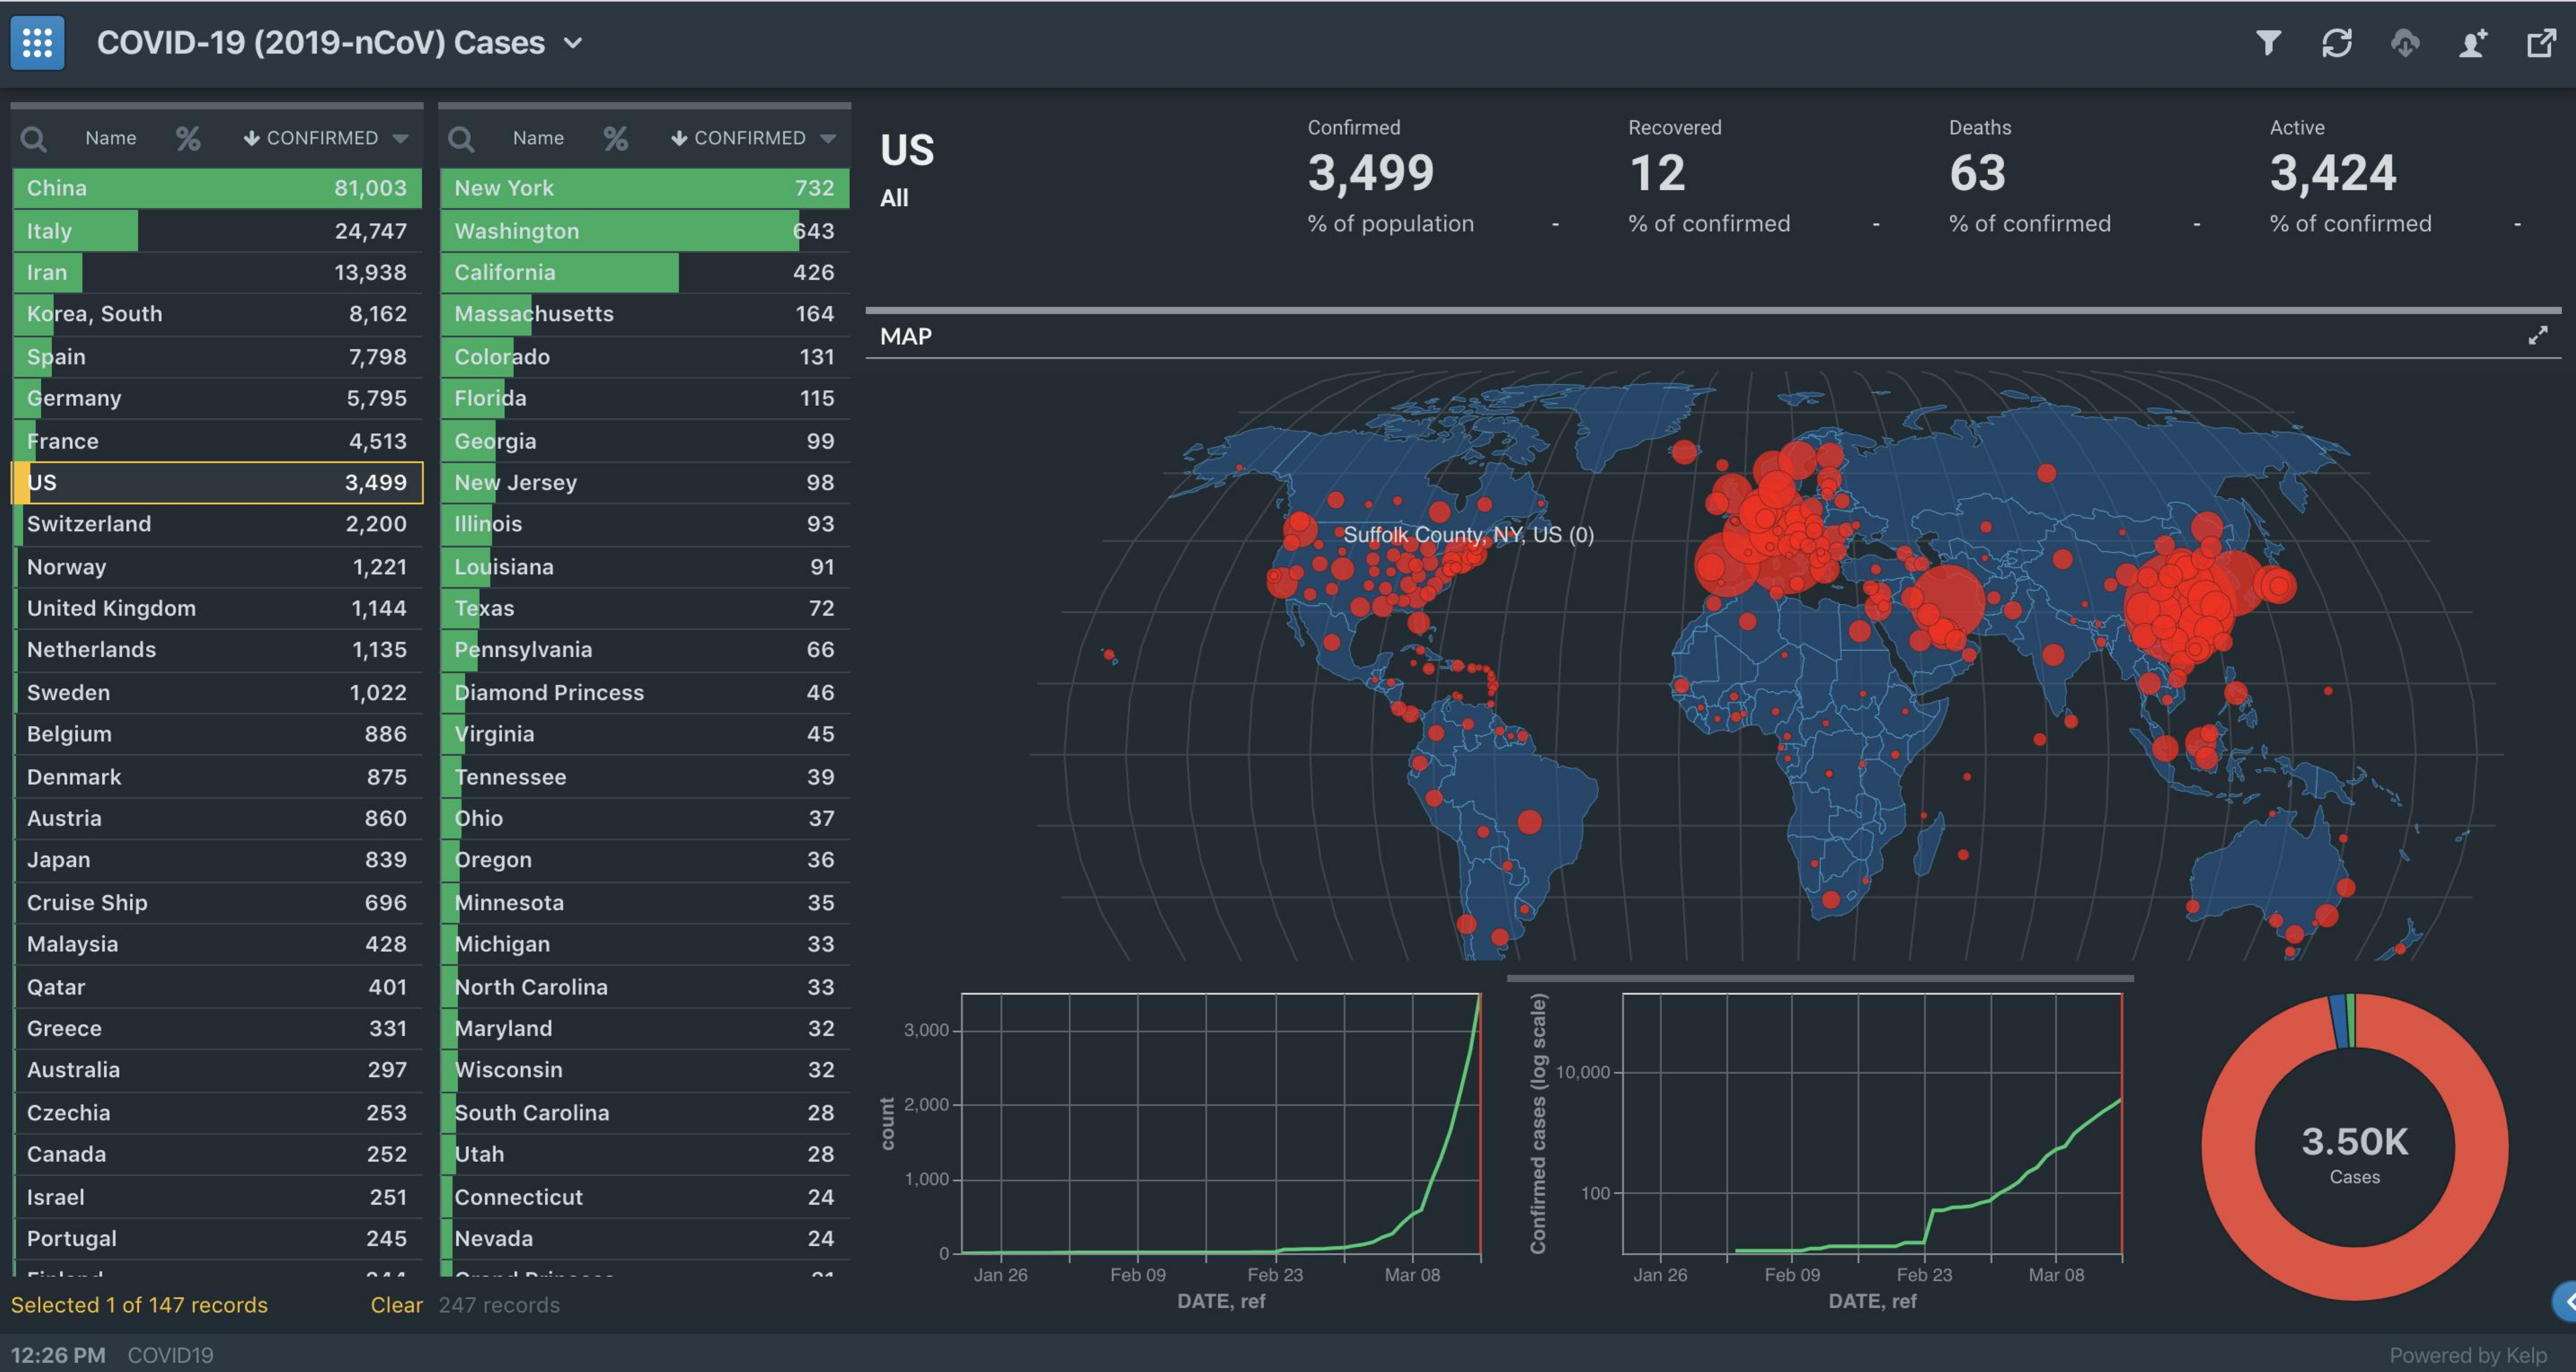
COVID-19 (2019-nCoV) Cases v    T 3
  Q Name % CONFIRMED V Name % CONFIRMED US
     Confirmed Recovered Deaths   Active
     3,499    12    63    3,424
  China    81,003 New York 732 All
  Italy    24,747 Washington 643    % of population % of confirmed % of confirmed % of confirmed
  Iran    13,938 California 426
  Korea, South 8,162 Massachusetts 164
  Spain    7,798 Colorado 131
     MAP
  Germany  5,795 Florida 115
  France   4,513 Georgia 99
  US    3,499 New Jersey 98
  Switzerland 2,200 Illinois 93
     , Suffolk County, NY, US (0)
  Norway   1,221 Louisiana 91
  United Kingdom 1,144 Texas 72
  Netherlands 1,135 Pennsylvania 66
  Sweden   1,022 Diamond Princess 46
  Belgium  886 Virginia  45
  Denmark   875 Tennessee 39
  Austria  860 Ohio    37
  Japan    839 Oregon   36
  Cruise Ship 696 Minnesota 35
  Malaysia  428 Michigan 33
  Qatar    401 North Carolina 33
  Greece    331 Maryland 32 3,000-
  Australia 297 Wisconsin 32    10,000-
  Czechia   253 South Carolina 28 2,000-
  Canada    252 Utah    28
     3.50K
     count
  Israel    251 Connecticut 24
     1,000-
     100
     Cases
  Portugal  245 Nevada   24
     0-
     Confirmed
     cases
     (log
     scale)
     Jan 26 Feb 09 Feb 23 Mar 08 Jan 26 Feb 09 Feb 23 Mar 08
  Selected 1 of 147 records Clear 247 records DATE, ref DATE, ref
  12:26 PM COVID19    Powered by Kelp